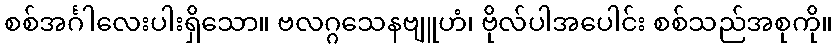
စစ်အင်္ဂါလေးပါးရှိသော။ ဗလဂ္ဂသေနဗျူဟံ၊ ဗိုလ်ပါအပေါင်း စစ်သည်အစုကို။